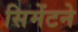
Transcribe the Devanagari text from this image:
सिमेंटने